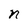
Character: n